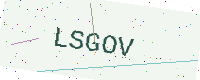
Text: LSGOV